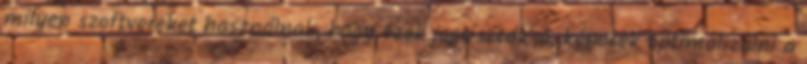
milyen szoftvereket használnak, hogy ezek jogtiszták-e, képesek optimalizálni a